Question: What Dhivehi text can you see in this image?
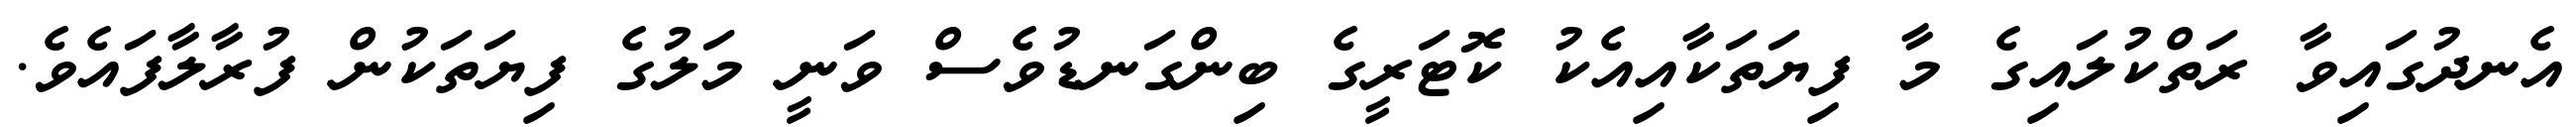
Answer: އެނދުގައިވާ ރަތްކުލައިގެ މާ ފިޔަތަކާއިއެކު ކޮޓަރީގެ ބިންގަނޑުވެސް ވަނީ މަލުގެ ފިޔަތަކުން ފުރާލާފައެވެ.